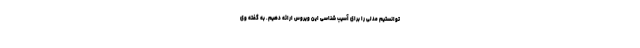
توانستیم مدلی را برای آسیب شناسی این ویروس ارائه دهیم. به گفته وی